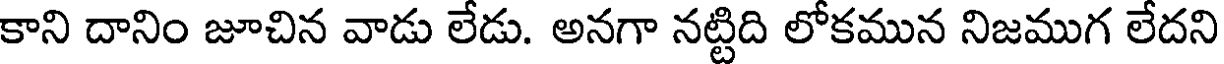
కాని దానిం జూచిన వాడు లేడు. అనగా నట్టిది లోకమున నిజముగ లేదని